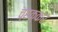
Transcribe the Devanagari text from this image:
च्हक्कर